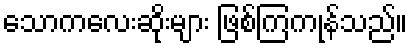
သောကလေးဆိုးများ ဖြစ်ကြကုန်သည်။